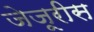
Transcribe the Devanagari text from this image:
जेजूरीस